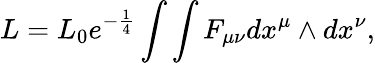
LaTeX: L=L_{0}e^{-\frac{1}{4}}\int\int F_{\mu\nu}dx^{\mu}\wedge dx^{\nu},